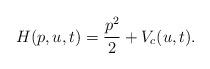
LaTeX: \begin{align*}H(p,u,t) = \frac{p^2}{2} + V_c(u,t). \end{align*}